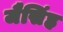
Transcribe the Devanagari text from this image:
जैसिंह